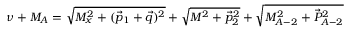
\nu + M _ { A } = \sqrt { M _ { x } ^ { 2 } + ( \vec { p } _ { 1 } + \vec { q } ) ^ { 2 } } + \sqrt { M ^ { 2 } + \vec { p } _ { 2 } ^ { 2 } } + \sqrt { M _ { A - 2 } ^ { 2 } + \vec { P } _ { A - 2 } ^ { 2 } }